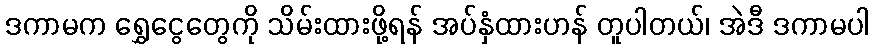
ဒကာမက ရွှေငွေတွေကို သိမ်းထားဖို့ရန် အပ်နှံထားဟန် တူပါတယ်၊ အဲဒီ ဒကာမပါ